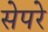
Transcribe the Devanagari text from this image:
सेपरे